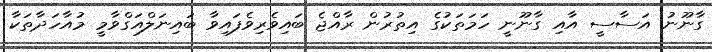
ގާނޫނު އަސާސީ އާއި ގާނޫނީ ހަމަތަކުގެ އިތުރުން ރާއްޖެ ބައިވެރިވެފައިވާ ބައިނަލްއަގްވާމީ މުއާހަދާތަކާ